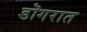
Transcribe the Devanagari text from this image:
डॊगरात